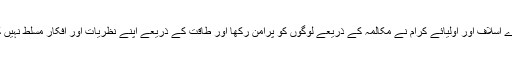
ہمارے اسلاف اور اولیائے کرام نے مکالمہ کے ذریعے لوگوں کو پرامن رکھا اور طاقت کے ذریعے اپنے نظریات اور افکار مسلط نہیں کئے۔